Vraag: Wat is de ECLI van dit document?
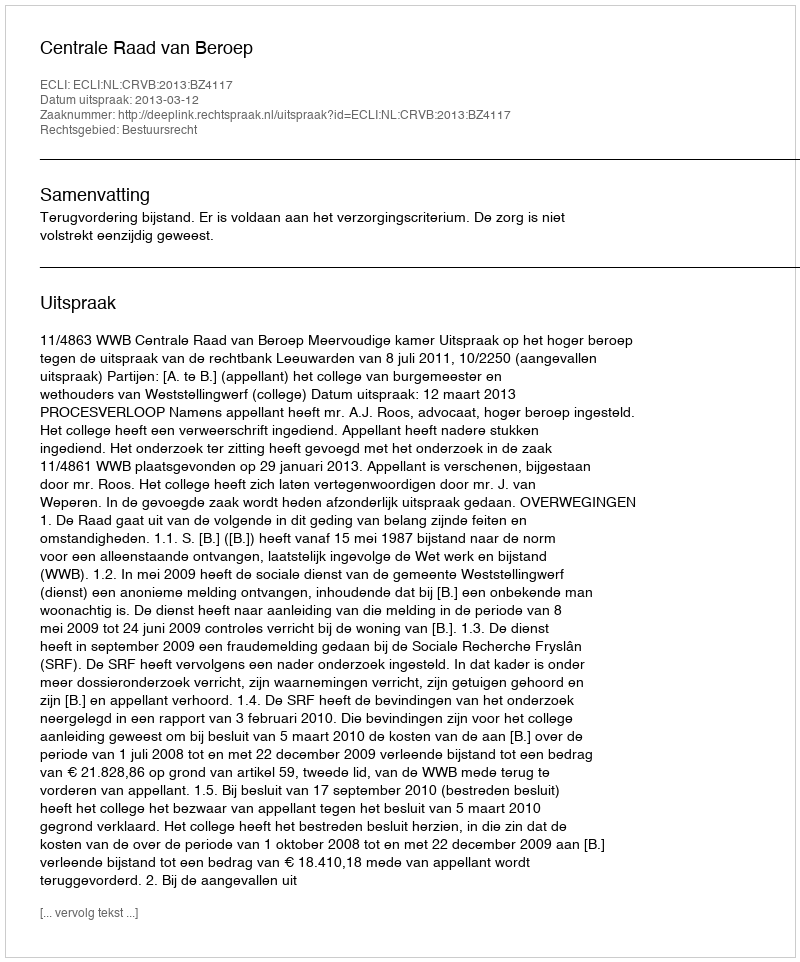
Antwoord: ECLI:NL:CRVB:2013:BZ4117